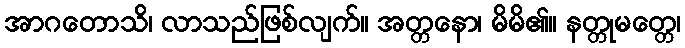
အာဂတောသိ၊ လာသည်ဖြစ်လျက်။ အတ္တနော၊ မိမိ၏။ နတ္တုမတ္တေ၊